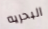
البحريه